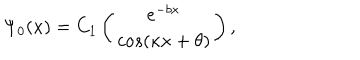
\Psi _ { 0 } ( x ) = C _ { 1 } \left( \begin{array} { c } { { e ^ { - b x } } } \\ { { c o s ( \kappa x + \theta ) } } \\ \end{array} \right) ,